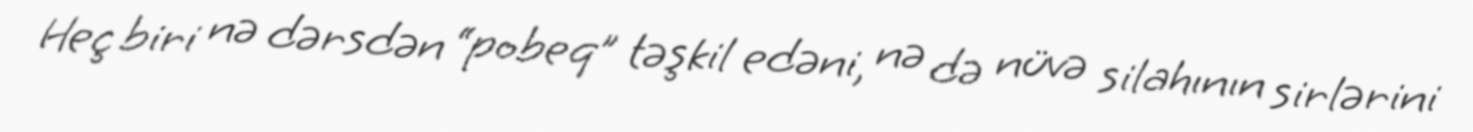
Heç biri nə dərsdən “pobeq” təşkil edəni, nə də nüvə silahının sirlərini